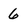
Character: 6